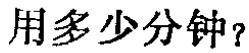
用多少分钟？